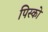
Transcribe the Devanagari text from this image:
पिस्को